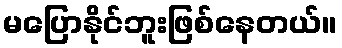
မပြောနိုင်ဘူးဖြစ်နေတယ်။